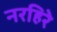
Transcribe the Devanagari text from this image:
नरहिरे